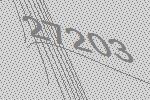
27203